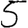
Digit: 5